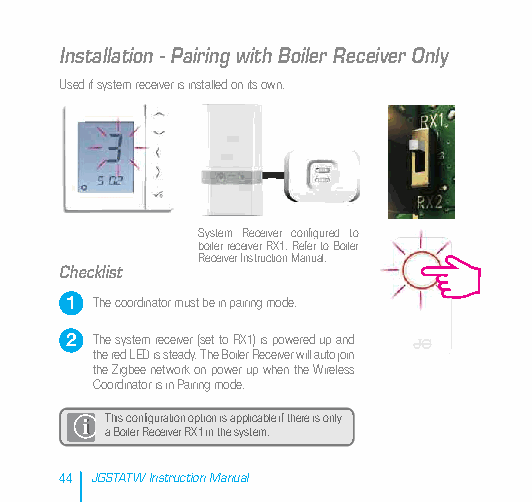
Installation - Pairing with Boiler Receiver Only
 Used if system receiver is installed on its own.
 System Receiver configured to
 boiler receiver RX1. Refer to Boiler
 Receiver Instruction Manual.
 Checklist
 1 The coordinator must be in pairing mode.
 2 The system receiver (set to RX1) is powered up and
 the red LED is steady. The Boiler Receiver will auto join
 the Zigbee network on power up when the Wireless
 Coordinator is in Pairing mode.
 This configuration option is applicable if there is only
 a Boiler Receiver RX1 in the system.
 44 JGSTATW Instruction Manual